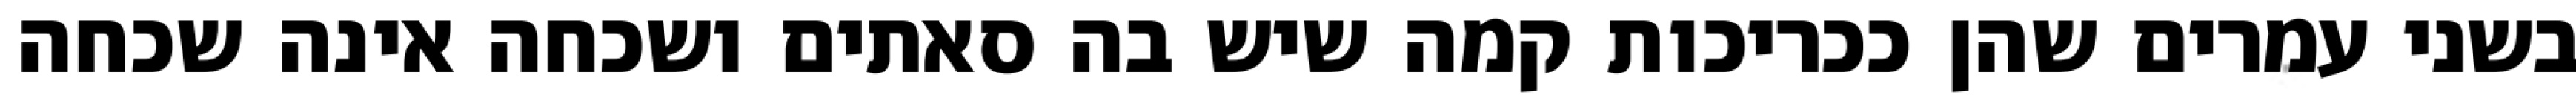
בשני עמרים שהן ככריכות קמה שיש בה סאתים ושכחה אינה שכחה